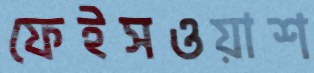
ফেইসওয়াশ